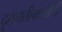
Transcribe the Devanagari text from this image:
दृतगतीमार्गाची